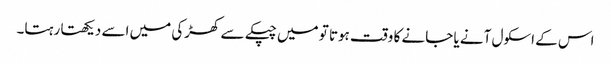
اس کے اسکول آنے یا جانے کا وقت ہوتا تو میں چپکے سے کھڑکی میں اسے دیکھتا رہتا۔